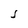
Character: J